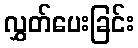
လွှတ်ပေးခြင်း